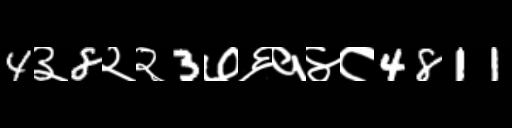
Text: 4३8२२3७६१४८4811